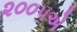
૨૦૦૫એ